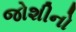
જોશીનો